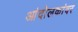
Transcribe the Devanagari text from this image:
आंदोलकांवर